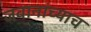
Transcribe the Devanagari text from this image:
जवानांच्याच